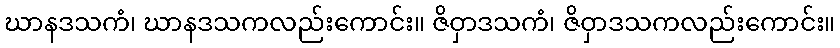
ဃာနဒသကံ၊ ဃာနဒသကလည်းကောင်း။ ဇိဝှာဒသကံ၊ ဇိဝှာဒသကလည်းကောင်း။